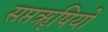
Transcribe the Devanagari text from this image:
सप्तॠषियों